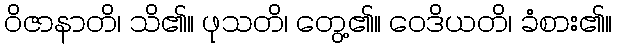
ဝိဇာနာတိ၊ သိ၏။ ဖုသတိ၊ တွေ့၏။ ဝေဒိယတိ၊ ခံစား၏။